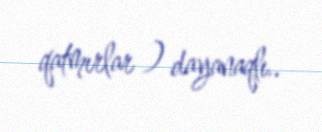
qatmırlar ) dayanaqlı..